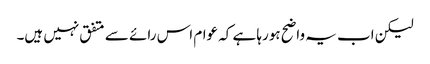
لیکن اب یہ واضح ہورہا ہے کہ عوام اس رائے سے متفق نہیں ہیں۔